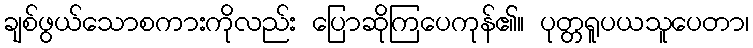
ချစ်ဖွယ်သောစကားကိုလည်း ပြောဆိုကြပေကုန်၏။ ပုတ္တရူပယသူပေတာ၊